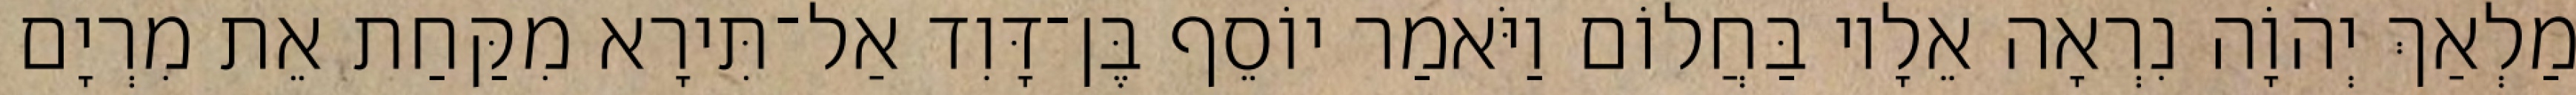
מַלְאַךְ יְהוָֹה נִרְאָה אֵלָיו בַּחֲלוֹם וַיֹּאמַר יוֹסֵף בֶּן־דָּוִד אַל־תִּירָא מִקַּחַת אֵת מִרְיָם